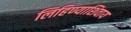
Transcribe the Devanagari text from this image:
लिहिण्याशिवाय